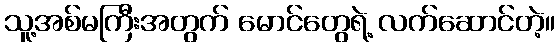
သူ့အစ်မကြီးအတွက် မောင်တွေရဲ့ လက်ဆောင်တဲ့။